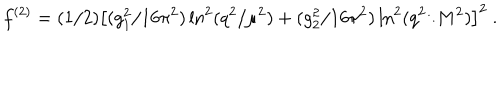
LaTeX: f ^ { ( 2 ) } = ( 1 / 2 ) \big [ ( g _ { 1 } ^ { 2 } / 1 6 \pi ^ { 2 } ) \ln ^ { 2 } ( q ^ { 2 } / \mu ^ { 2 } ) + ( g _ { 2 } ^ { 2 } / 1 6 \pi ^ { 2 } ) \ln ^ { 2 } ( q ^ { 2 } / M ^ { 2 } ) \big ] ^ { 2 } ~ .